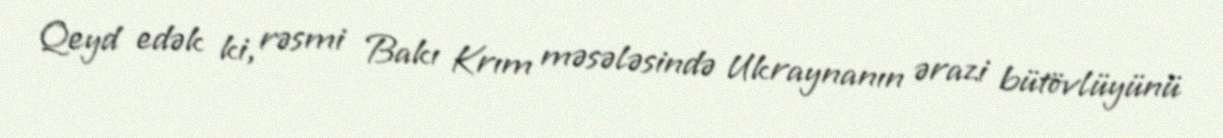
Qeyd edək ki, rəsmi Bakı Krım məsələsində Ukraynanın ərazi bütövlüyünü